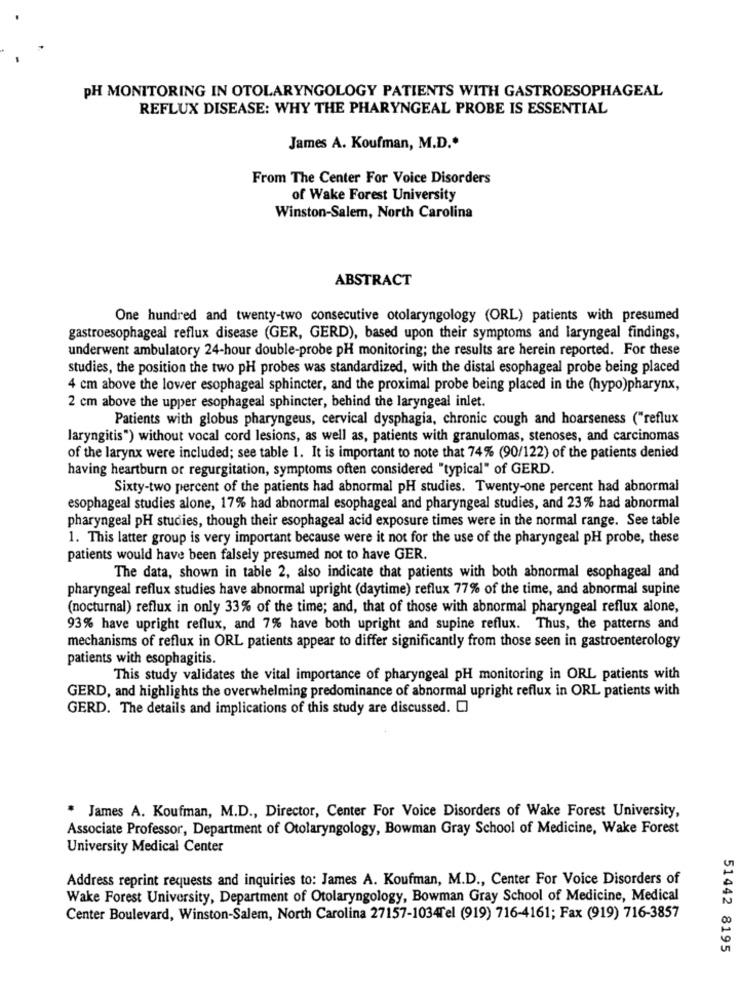
PH MONITORING IN OTOLARYNGOLOGY PATIENTS WITH GASTROESOPHAGEAL
REFLUX DISEASE: WHY THE PHARYNGEAL PROBE IS ESSENTIAL
James A. Koufman, M.D .*
From The Center For Voice Disorders
of Wake Forest University
Winston-Salem, North Carolina
ABSTRACT
One hundred and twenty-two consecutive otolaryngology (ORL) patients with presumed
gastroesophageal reflux disease (GER, GERD), based upon their symptoms and laryngeal findings,
underwent ambulatory 24-hour double-probe pH monitoring; the results are herein reported. For these
studies, the position the two pH probes was standardized, with the distal esophageal probe being placed
4 cm above the lower esophageal sphincter, and the proximal probe being placed in the (hypo)pharynx,
2 cm above the upper esophageal sphincter, behind the laryngeal inlet.
Patients with globus pharyngeus, cervical dysphagia, chronic cough and hoarseness ("reflux
laryngitis") without vocal cord lesions, as well as, patients with granulomas, stenoses, and carcinomas
of the larynx were included; see table 1. It is important to note that 74% (90/122) of the patients denied
having heartburn or regurgitation, symptoms often considered "typical" of GERD.
Sixty-two percent of the patients had abnormal pH studies. Twenty-one percent had abnormal
esophageal studies alone, 17% had abnormal esophageal and pharyngeal studies, and 23% had abnormal
pharyngeal pH studies, though their esophageal acid exposure times were in the normal range. See table
1. This latter group is very important because were it not for the use of the pharyngeal pH probe, these
patients would have been falsely presumed not to have GER.
The data, shown in table 2, also indicate that patients with both abnormal esophageal and
pharyngeal reflux studies have abnormal upright (daytime) reflux 77% of the time, and abnormal supine
(nocturnal) reflux in only 33% of the time; and, that of those with abnormal pharyngeal reflux alone,
93% have upright reflux, and 7% have both upright and supine reflux. Thus, the patterns and
mechanisms of reflux in ORL patients appear to differ significantly from those seen in gastroenterology
patients with esophagitis.
This study validates the vital importance of pharyngeal pH monitoring in ORL patients with
GERD, and highlights the overwhelming predominance of abnormal upright reflux in ORL patients with
GERD. The details and implications of this study are discussed. [
. James A. Koufman, M.D ., Director, Center For Voice Disorders of Wake Forest University,
Associate Professor, Department of Otolaryngology, Bowman Gray School of Medicine, Wake Forest
University Medical Center
Address reprint requests and inquiries to: James A. Koufman, M.D ., Center For Voice Disorders of
Wake Forest University, Department of Otolaryngology, Bowman Gray School of Medicine, Medical
Center Boulevard, Winston-Salem, North Carolina 27157-1034Tel (919) 716-4161; Fax (919) 716-3857
51442 8195